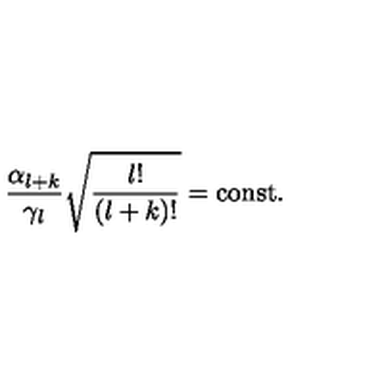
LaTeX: \frac { \alpha _ { l + k } } { \gamma _ { l } } \sqrt { \frac { l ! } { ( l + k ) ! } } = \mathrm { c o n s t } .